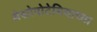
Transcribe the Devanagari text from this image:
मेसोपोटेमियाच्या